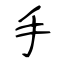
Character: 手